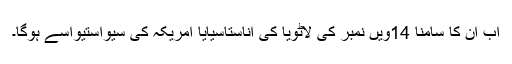
اب ان کا سامنا 14ویں نمبر کی لاٹویا کی اناستاسیایا امریکہ کی سیواستیواسے ہوگا۔